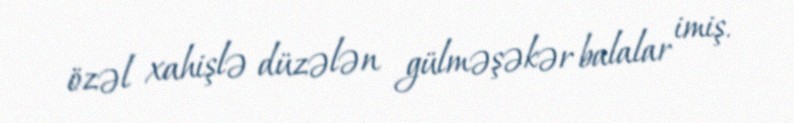
özəl xahişlə düzələn gülməşəkər balalar imiş.